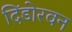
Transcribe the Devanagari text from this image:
दिंडोरवन